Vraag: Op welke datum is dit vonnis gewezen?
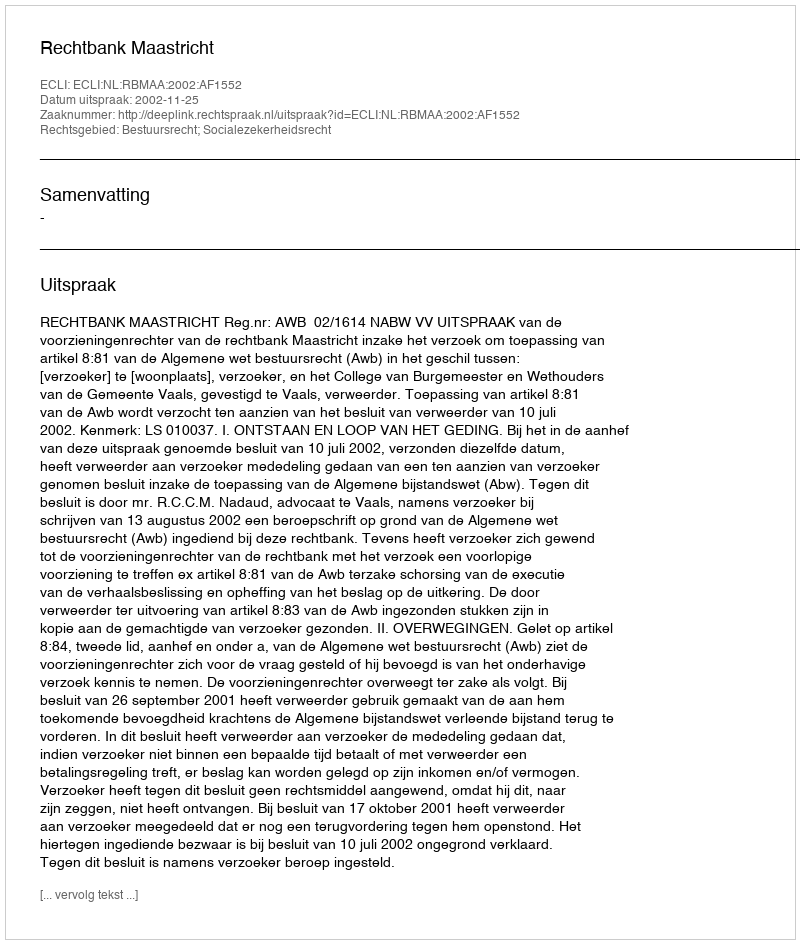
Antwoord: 2002-11-25